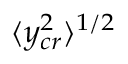
\langle y _ { c r } ^ { 2 } \rangle ^ { 1 / 2 }